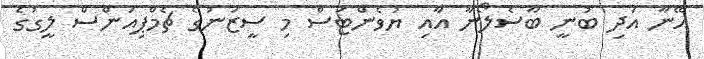
އޭނާ އަދި ބުނީ ބާސެލޯނާ އާއި ޔުވެންޓަސް މި ސީޒަނުގެ ޗެމްޕިއަންސް ލީގުގެ